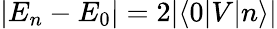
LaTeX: |E_{n}-E_{0}|=2|\langle 0|V|n\rangle|